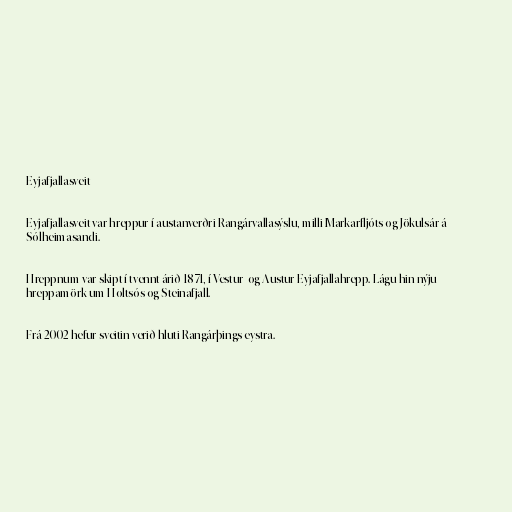
Eyjafjallasveit

Eyjafjallasveit var hreppur í austanverðri Rangárvallasýslu, milli Markarfljóts og Jökulsár á
Sólheimasandi.

Hreppnum var skipt í tvennt árið 1871, í Vestur- og Austur-Eyjafjallahrepp. Lágu hin nýju
hreppamörk um Holtsós og Steinafjall.

Frá 2002 hefur sveitin verið hluti Rangárþings eystra.